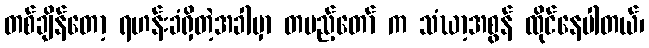
တစ်ချိန်တော့ ရဟန်းခံရှိတဲ့အခါမှာ တပည့်တော် က သံဃာ့အစွန် ထိုင်နေပါတယ်၊